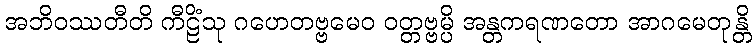
အဘိဝဿတီတိ ကီဠိံသု ဂဟေတဗ္ဗမေဝ ဝတ္တဗ္ဗမ္ပိ အန္တကရဏတော အာဂမေတုန္တိ